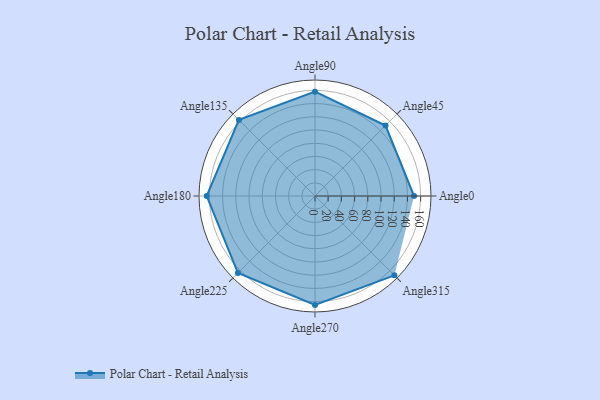
{"axis": {"x": "Angle", "y": "Radius"}, "legend": [""], "data": [{"x": "Angle0", "y": 150.0, "type": ""}, {"x": "Angle45", "y": 151.0, "type": ""}, {"x": "Angle90", "y": 158.0, "type": ""}, {"x": "Angle135", "y": 163.0, "type": ""}, {"x": "Angle180", "y": 164.0, "type": ""}, {"x": "Angle225", "y": 165.0, "type": ""}, {"x": "Angle270", "y": 165.0, "type": ""}, {"x": "Angle315", "y": 170, "type": ""}]}